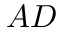
A D